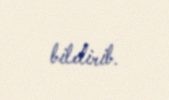
bildirib.